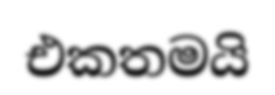
එකතමයි